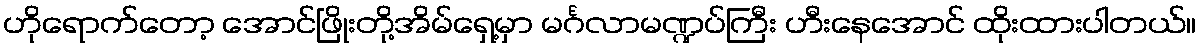
ဟိုရောက်တော့ အောင်ဖြိုးတို့အိမ်ရှေ့မှာ မင်္ဂလာမဏ္ဍပ်ကြီး ဟီးနေအောင် ထိုးထားပါတယ်။